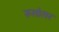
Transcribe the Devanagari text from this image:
रूतांतर